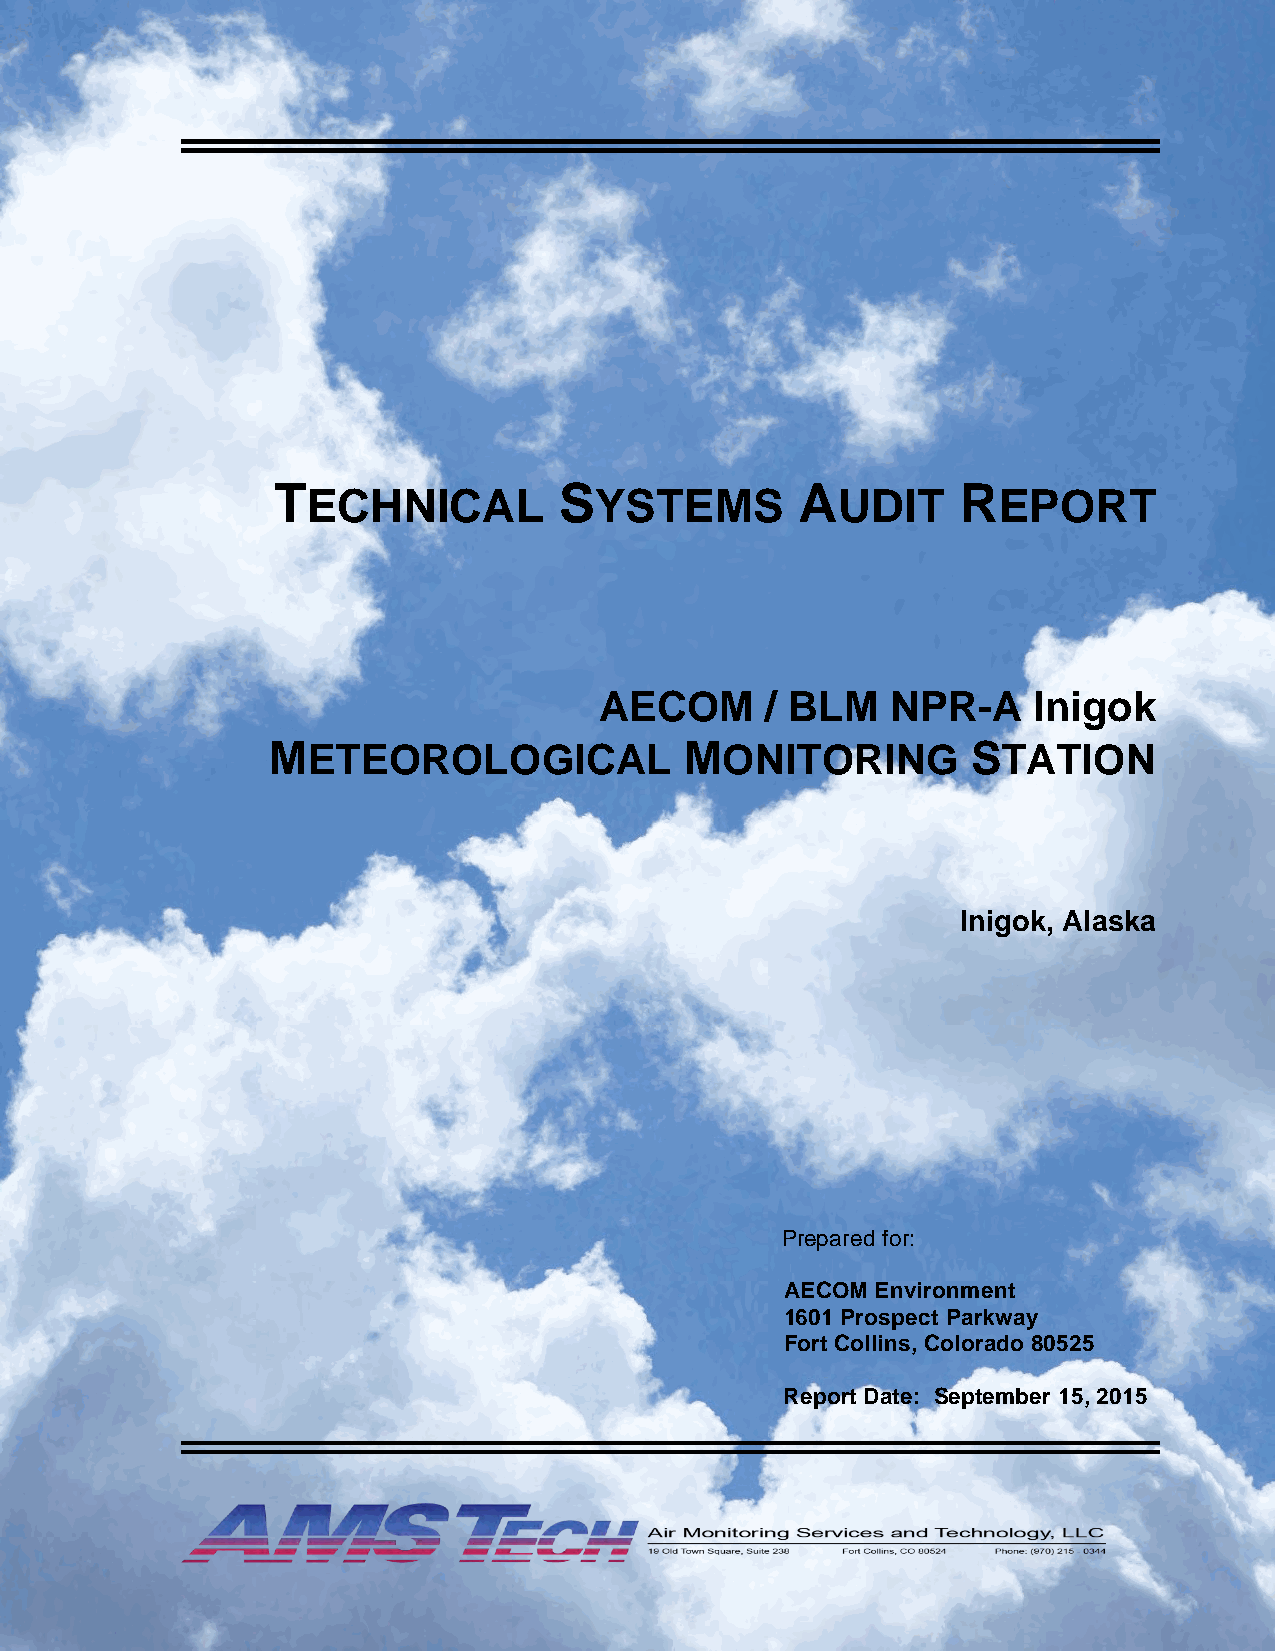
T                  S               A          R
 ECHNICAL           YSTEMS          UDIT       EPORT
 AECOM      / BLM   NPR-A    Inigok
 METEOROLOGICAL             MONITORING         STATION
 Inigok, Alaska
 Prepared for:
 AECOM Environment
 1601 Prospect Parkway
 Fort Collins, Colorado 80525
 Report Date: September 15, 2015